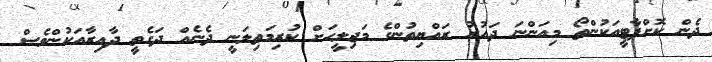
ދެން ކޮށްޕާޓީއަކުންތޯ މިއަންނަ ދައުރު ރައްޔިތުންގެ މަޖިލީހަށް ކުރިމަތިލަނީ ދެނެއް ދަގެތީ ދާއިރާއަކުންވެސް